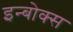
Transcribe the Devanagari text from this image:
इन्बोक्स